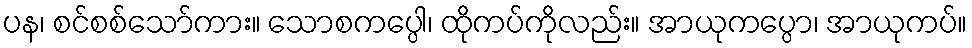
ပန၊ စင်စစ်သော်ကား။ သောစကပ္ပေါ၊ ထိုကပ်ကိုလည်း။ အာယုကပ္ပော၊ အာယုကပ်။